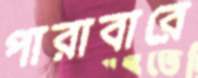
পারাবারে